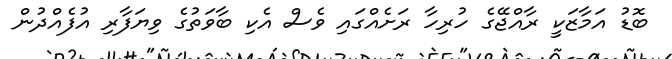
ބޮޑު އަމާޒަކީ ރާއްޖޭގެ ހުރިހާ ރަށެއްގައި ވެސް އެކި ބާވަތުގެ ވިޔަފާރި އުފެއްދުން